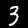
Digit: 3